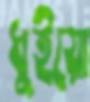
ধুইয়ো